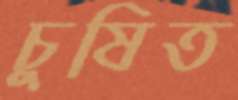
চুষিত